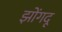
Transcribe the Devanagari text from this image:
झोंगदू